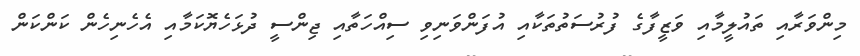
މިންވަރާއި ތައުލީމާއި ވަޒީފާގެ ފުރުސަތުތަކާއި އުފަންވަނިވި ސިއްހަތާއި ޖިންސީ ދުޅަހެޔޮކަމާއި އެހެނިހެން ކަންކަން